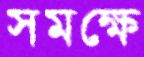
সমক্ষে